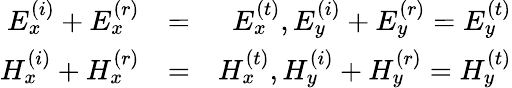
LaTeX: \begin{array}{rlr}{E_{x}^{\left(i\right)}+E_{x}^{\left(r\right)}}&{=}&{E_{x}^{\left(t\right)},E_{y}^{\left(i\right)}+E_{y}^{\left(r\right)}=E_{y}^{\left(t\right)}}\\ {H_{x}^{\left(i\right)}+H_{x}^{\left(r\right)}}&{=}&{H_{x}^{\left(t\right)},H_{y}^{\left(i\right)}+H_{y}^{\left(r\right)}=H_{y}^{\left(t\right)}}\end{array}